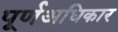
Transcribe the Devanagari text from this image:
पूर्णअधिकार